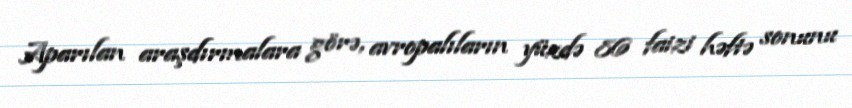
Aparılan araşdırmalara görə, avropalıların yüzdə 86 faizi həftə sonunu